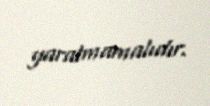
yaratmamalıdır.